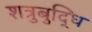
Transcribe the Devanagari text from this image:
शत्रुबुद्धि